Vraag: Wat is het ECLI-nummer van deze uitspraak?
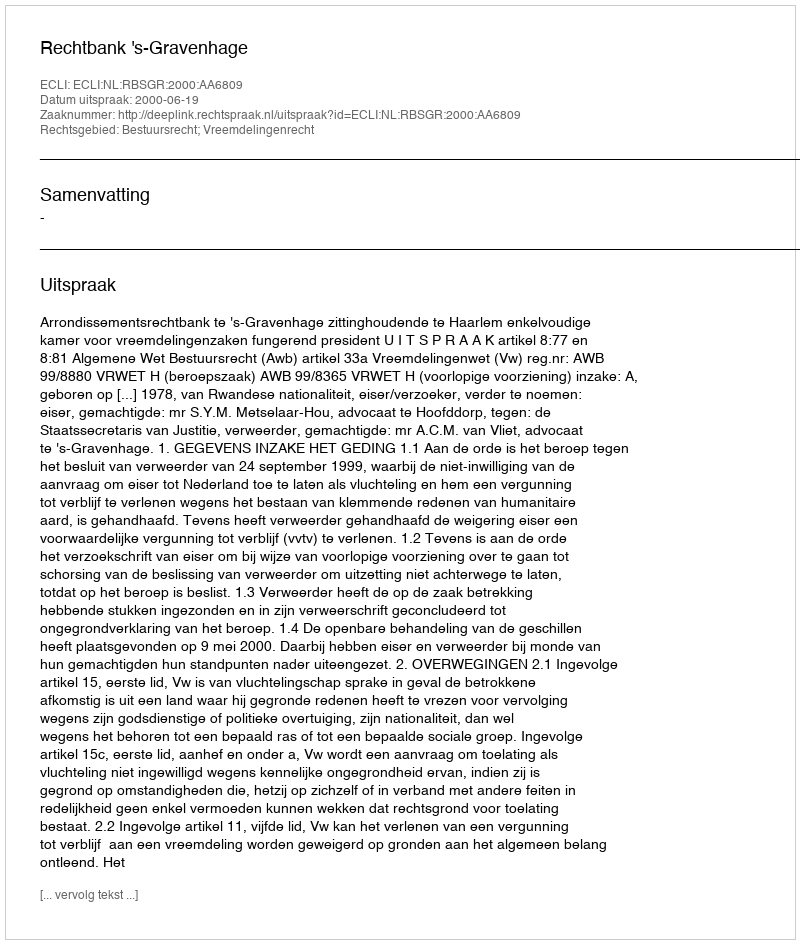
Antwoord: ECLI:NL:RBSGR:2000:AA6809